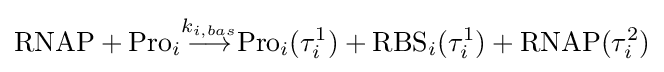
{\text{RNAP}}+{\text{Pro}}_{i}{\overset {k_{i,bas}}{\longrightarrow }}{\text{Pro}}_{i}(\tau _{i}^{1})+{\text{RBS}}_{i}(\tau _{i}^{1})+{\text{RNAP}}(\tau _{i}^{2})